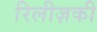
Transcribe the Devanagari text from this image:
रिलीज़की